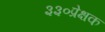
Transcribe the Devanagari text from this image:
३३०प्रेक्षक